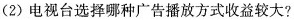
（2）电视台选择哪种广告播放方式收益较大？